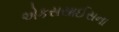
એકસસાઈસના